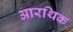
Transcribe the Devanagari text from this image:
आरथिक